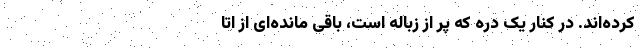
کرده‌اند. در کنار یک دره که پر از زباله است، باقی مانده‌ای از اتا